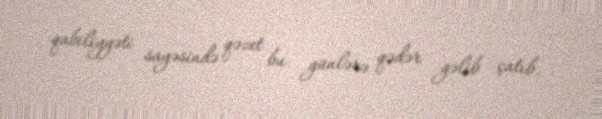
qabiliyyəti sayəsində qəzet bu günlərə qədər gəlib çatıb.